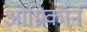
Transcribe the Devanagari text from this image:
ओम्रिकॉर्न